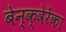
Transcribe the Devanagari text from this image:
बेन्क्वेरेंका